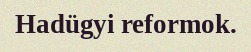
Hadügyi reformok.